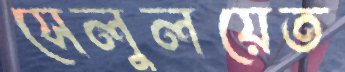
সেলুলয়েত